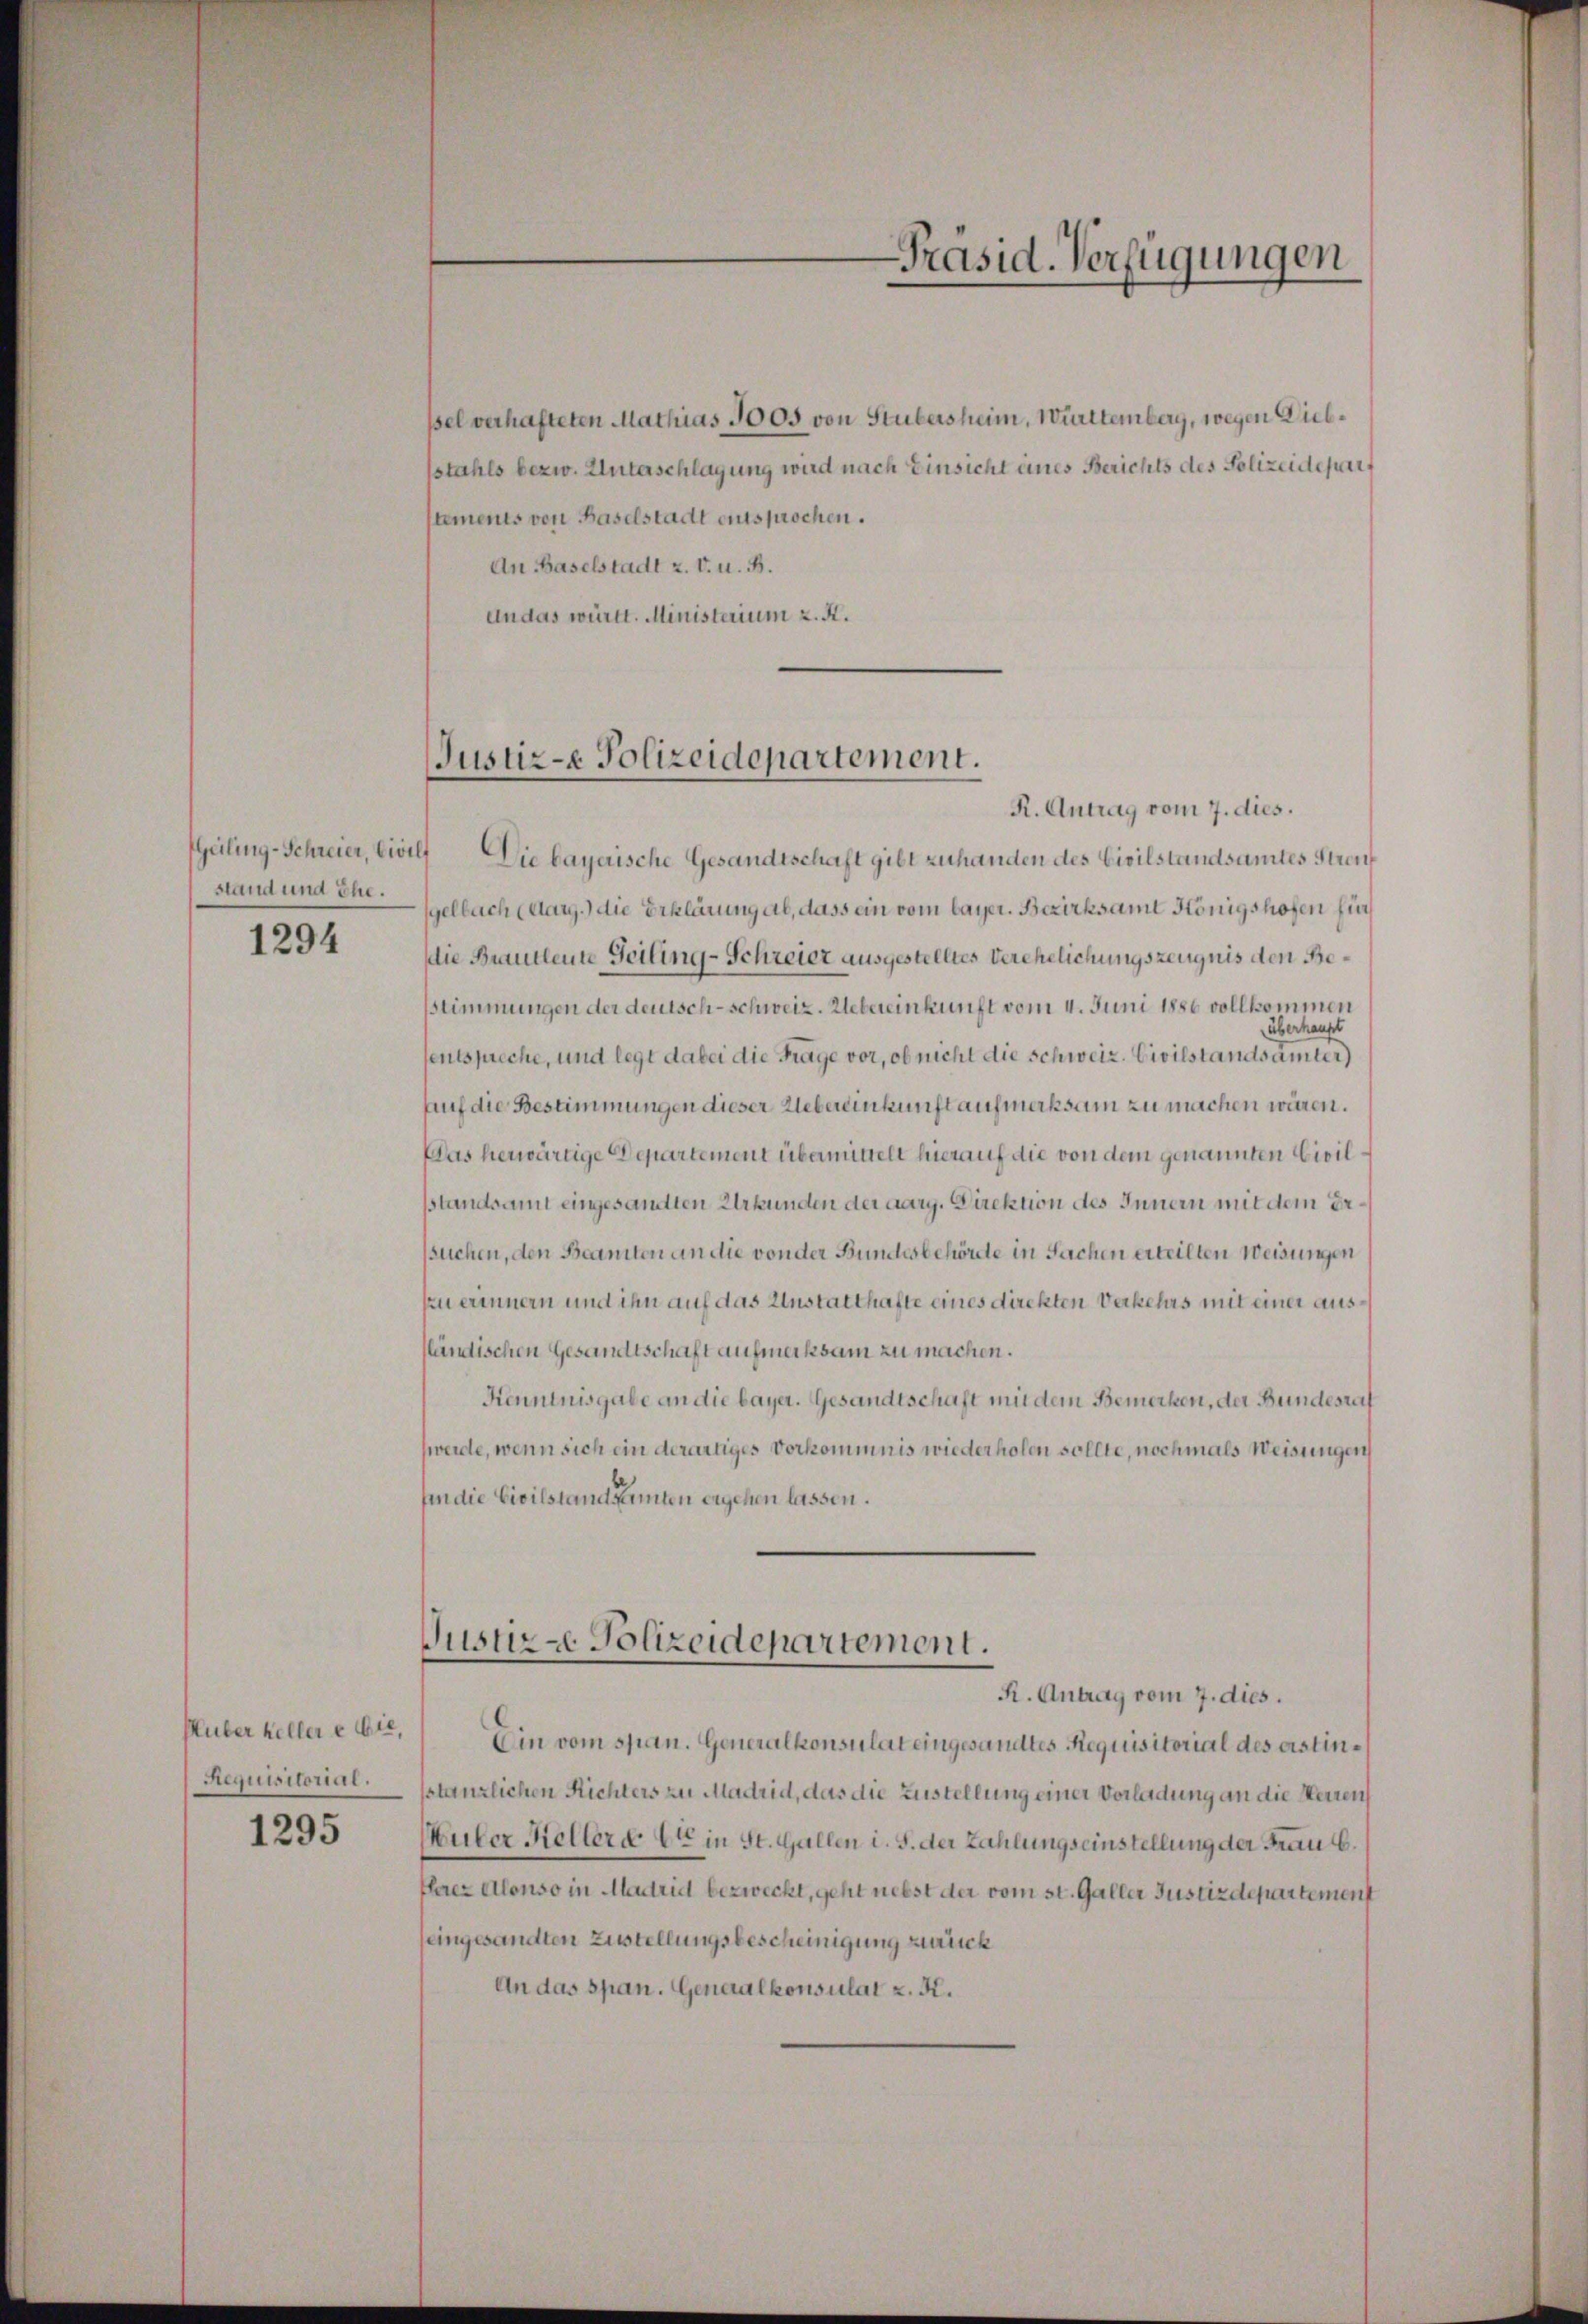
stand und Ehe.

1294

Plüber heller e die,
Requisitorial.

1295

ßel verhafteten Mathias 3005 von Stubersheim, Württemberg, wegen Diebsstahls bezw. Unterschlagung wird nach Einsicht eines Berichts des Polizeidepart
stements von Baselstadt entsprochen.
An Baselstadt z. v. u. B.
andas württ. Ministerium z. K.

Justiz-e Polizeidepartement.

R. Antrag vom 7. dies.
Geiling-Schreier, Civilf Die bayerische Gesandtschaft gibt zuhanden des Civilstandsamtes Stren
gelbach (Aarg.) die Erklärung ab, dass ein vom bayer. Bezirksamt Königshofen für
die Brautleute Geiling-Schreier ausgestelltes Verehelichungszeugnis den Besstimmungen der deutsch-schweiz. Uebereinkunft vom 4. Juni 1886 vollkommen
überhaupt
sentspreche, und legt dabei die Frage vor, ob nicht die Schweiz. Civilstandsamter)
Auf die Bestimmungen dieser Uebereinkunft aufmerksam zu machen wären.
Das herwärtige Departement übermittelt hierauf die von dem genannten Civilsstandsamt eingesandten Urkunden der aarg. Direktion des Innern mit dem Dessuchen, den Beamten an die von der Bundesbehörde in Sachen erteilten Weisungen
puerinnern und ihn auf das Anstatthafte eines direkten Verkehrs mit einer ausländischen Gesandtschaft aufmerksam zu machen.
Kenntnisgabe an die bayer. Gesandtschaft mit dem Bemerken, der Bundesrat
weide, wenn sich ein derartiges Vorkommnis wiederholen sollte, nochmals Weisungen
fin die Civilstand seiten ergehen lassen.

Justiz - Polizeidepartement.

R. Antrag vom 7. dies.
Ein vom span. Generalkonsulat eingesandtes Requisitorial des erstinsstanzlichen Richters zu Madrid, das die Zustellung einer Vorladung an die Herren
Müler Hellere Er in St. Gallen i. S. der Zahlungseinstellung der Frau.
flaez Alonso in Madrid bezweckt, geht nebst der vom st. Galler Justizdepartement
(eingesandten Zustellungsbescheinigung zurück
An das span. Genaalkonsulat z. K.

Präsid. Verfügungen